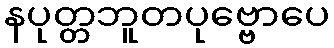
နပုတ္တဘူတပုဗ္ဗောပေ